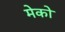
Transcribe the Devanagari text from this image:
मेको